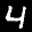
Label: 4